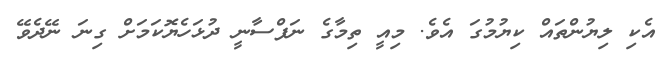
އެކި ލިޔުންތައް ކިޔުމުގަ އެވެ. މިއީ ތިމާގެ ނަފްސާނީ ދުޅަހެޔޮކަމަށް ގިނަ ނޭދެވޭ